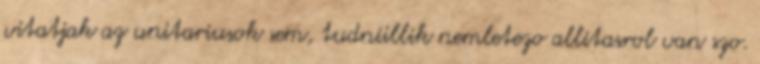
vitatjak az unitariusok sem, tudniillik nemletezo allitasrol van szo.